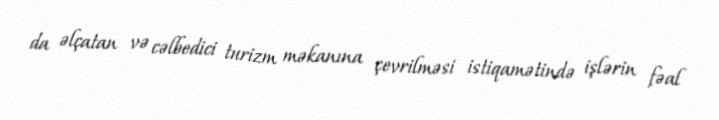
da əlçatan və cəlbedici turizm məkanına çevrilməsi istiqamətində işlərin fəal